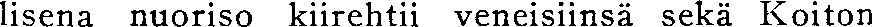
lisena nuoriso kiirehtii veneisiinsä sekä Koiton